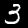
Label: 3